Rangoon Lunatic Asylum 1878-1892 - 1878-1892
Year: 1878
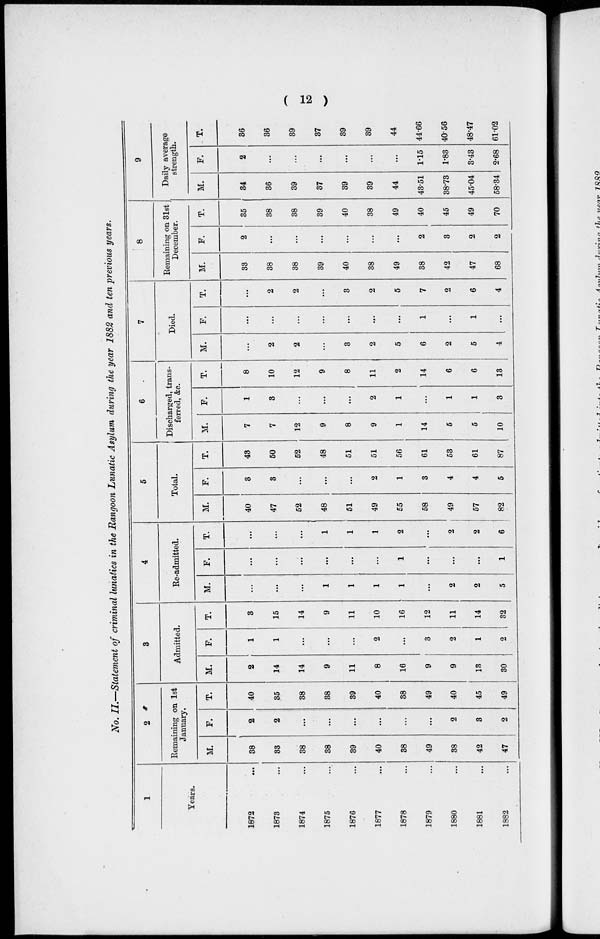
( 12 )
No. II.—Statement of criminal lunatics in the Rangoon Lunatic Asylum during the year 1882 and ten previous years.
1
Years.
1872 ...
1873 ...
1874 ...
1875 ...
1876 ...
1877 ...
1878 ...
1879 ...
1880 ...
1881 ...
1882 ...
2
Remaining on 1st
January.
M.
38
33
38
38
39
40
38
49
38
42
47
F.
2
2
...
...
...
...
...
...
2
3
2
T.
40
35
38
38
39
40
38
49
40
45
49
3
Admitted.
M.
2
14
14
9
11
8
16
9
9
13
30
F.
1
1
...
...
...
2
...
3
2
1
2
T.
3
15
14
9
11
10
16
12
11
14
32
4
Re-admitted.
M.
...
...
...
1
1
1
1
...
2
2
5
F.
...
...
...
...
...
...
1
...
...
...
1
T.
...
...
...
1
1
1
2
...
2
2
6
5
Total.
M.
40
47
52
48
51
49
55
58
49
57
82
F.
3
3
...
...
...
2
1
3
4
4
5
T.
43
50
52
48
51
51
56
61
53
61
87
6
Discharged, trans-
ferred, &c.
M.
7
7
12
9
8
9
1
14
5
5
10
F.
1
3
...
...
...
2
1
...
1
1
3
T.
8
10
12
9
8
11
2
14
6
6
13
7
Died.
M.
...
2
2
...
3
2
5
6
2
5
4
F.
...
...
...
...
...
...
...
1
...
1
...
T.
...
2
2
...
3
2
5
7
2
6
4
8
Remaining on 31st
December.
M.
33
38
38
39
40
38
49
38
42
47
68
F.
2
...
...
...
...
...
...
2
3
2
2
T.
35
38
38
39
40
38
49
40
45
49
70
9
Daily average
strength.
M.
34
36
39
37
39
39
44
43.51
38.73
45.04
58.34
F.
2
...
...
...
...
...
...
1.15
1.83
3.43
2.68
T.
36
36
39
37
39
39
44
44.66
40.56
48.47
61.02